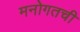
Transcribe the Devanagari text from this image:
मनोगतची